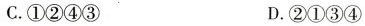
C.①②④③ D.②①③④